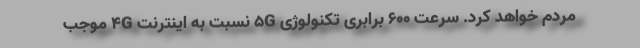
مردم خواهد کرد. سرعت 600 برابری تکنولوژی 5G نسبت به اینترنت 4G موجب